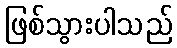
ဖြစ်သွားပါသည်